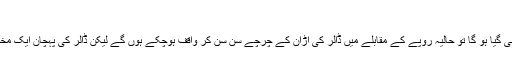
جون 7, 2019 جون 7, 2019 0 تبصرے
ڈالر کے نشان سے کون ہے جو واقف نہیں ہے اور جو واقف ہونے سے رہ بھی گیا ہو گا تو حالیہ روپے کے مقابلے میں ڈالر کی اڑان کے چرچے سن سن کر واقف ہوچکے ہوں گے لیکن ڈالر کی پہچان ایک مخصوص نشان سے ہوتی ہے اور اس کی کہانی کیا ہے یہ ہم آپ کو بتاتے ہیں۔